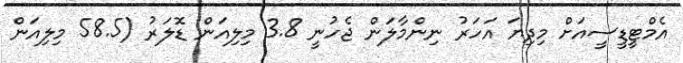
އެމްޓީޑީސީއަށް މިދިޔަ އަހަރު ނިންމާލަން ޖެހުނީ 3.8 މިލިއަން ޑޮލަރު (58.5 މިލިއަން